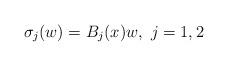
LaTeX: \begin{align*} \sigma_j(w)=B_j(x)w,\ j=1,2\end{align*}